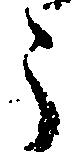
う